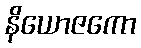
နိယောဇကော